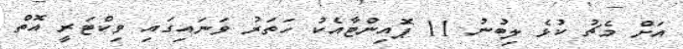
އަށް މެޗު ކުޅެ ލިބުނު 11 ޕޮއިންޓާއެކު ހަތަރު ވަނައިގައި ވިކްޓަރީ އޮތް